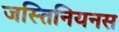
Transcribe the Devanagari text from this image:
जस्तिनियनस